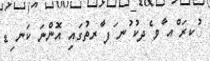
ުކރަ ްއ ާވ ެދކު ުނ ަފ ާރތުގައި އޮންނަ ކަނ ިޑ